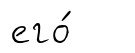
его́